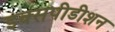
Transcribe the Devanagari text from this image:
इक्सपीडीशन